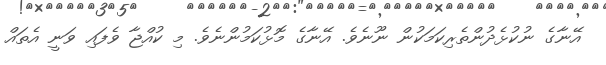
އޭނާގެ ނުކުޅެދުންތެރިކަމަކުން ނޫނެވެ. އޭނާގެ މޮޅުކަމުންނެވެ. މި ކުއްޖާ ވެފައި ވަނީ އެތައް